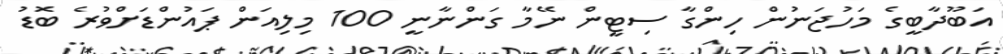
އަބޫދާބީގެ މަހުޖަނުން ހިންގާ ސިޓީން ނޭމާ ގަންނާނީ 100 މިލިއަން ޕައުންޑަށްވުރެ ބޮޑު